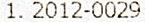
1. 2012-0029